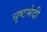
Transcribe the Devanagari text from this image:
धृष्टभेदी